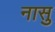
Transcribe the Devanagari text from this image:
नासु